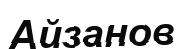
Айзанов